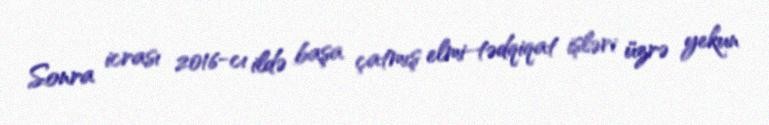
Sonra icrası 2016-cı ildə başa çatmış elmi-tədqiqat işləri üzrə yekun